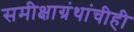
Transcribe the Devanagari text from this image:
समीक्षाग्रंथांचीही